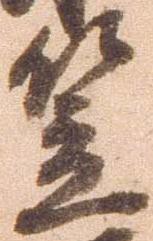
笠